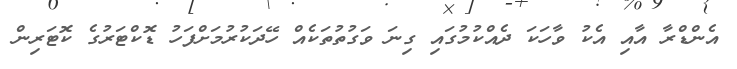
އެންޑްރާ އާއި އެކު ވާހަކަ ދެއްކުމުގައި ގިނަ ވަގުތުތަކެއް ހޭދަކުރުމަށްފަހު ޑޮކްޓަރުގެ ކޮޓަރިން